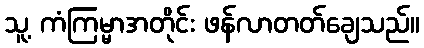
သူ့ ကံကြမ္မာအတိုင်း ဖန်လာတတ်ချေသည်။